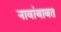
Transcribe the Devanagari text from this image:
नावांबाबत